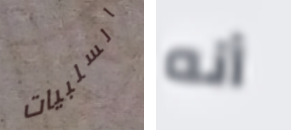
السلبيات أنه